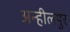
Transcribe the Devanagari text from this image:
अन्हीलपुर